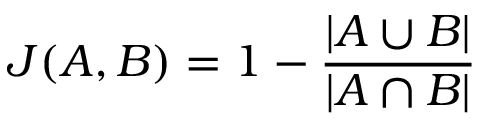
J ( A , B ) = 1 - \frac { | A \cup B | } { | A \cap B | }